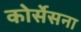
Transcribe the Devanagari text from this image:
कोर्सेसना